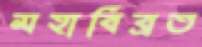
মহাবিব্রত